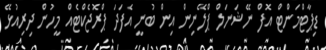
ޑިޕާޓްމަންޓް އޮފް ނޭޝަނަލް ޕްލޭނިން އިން ބުނީ އެފަދަ ޕްރޮޖެކްޓެއް މީހުން ދިރިއުޅޭ